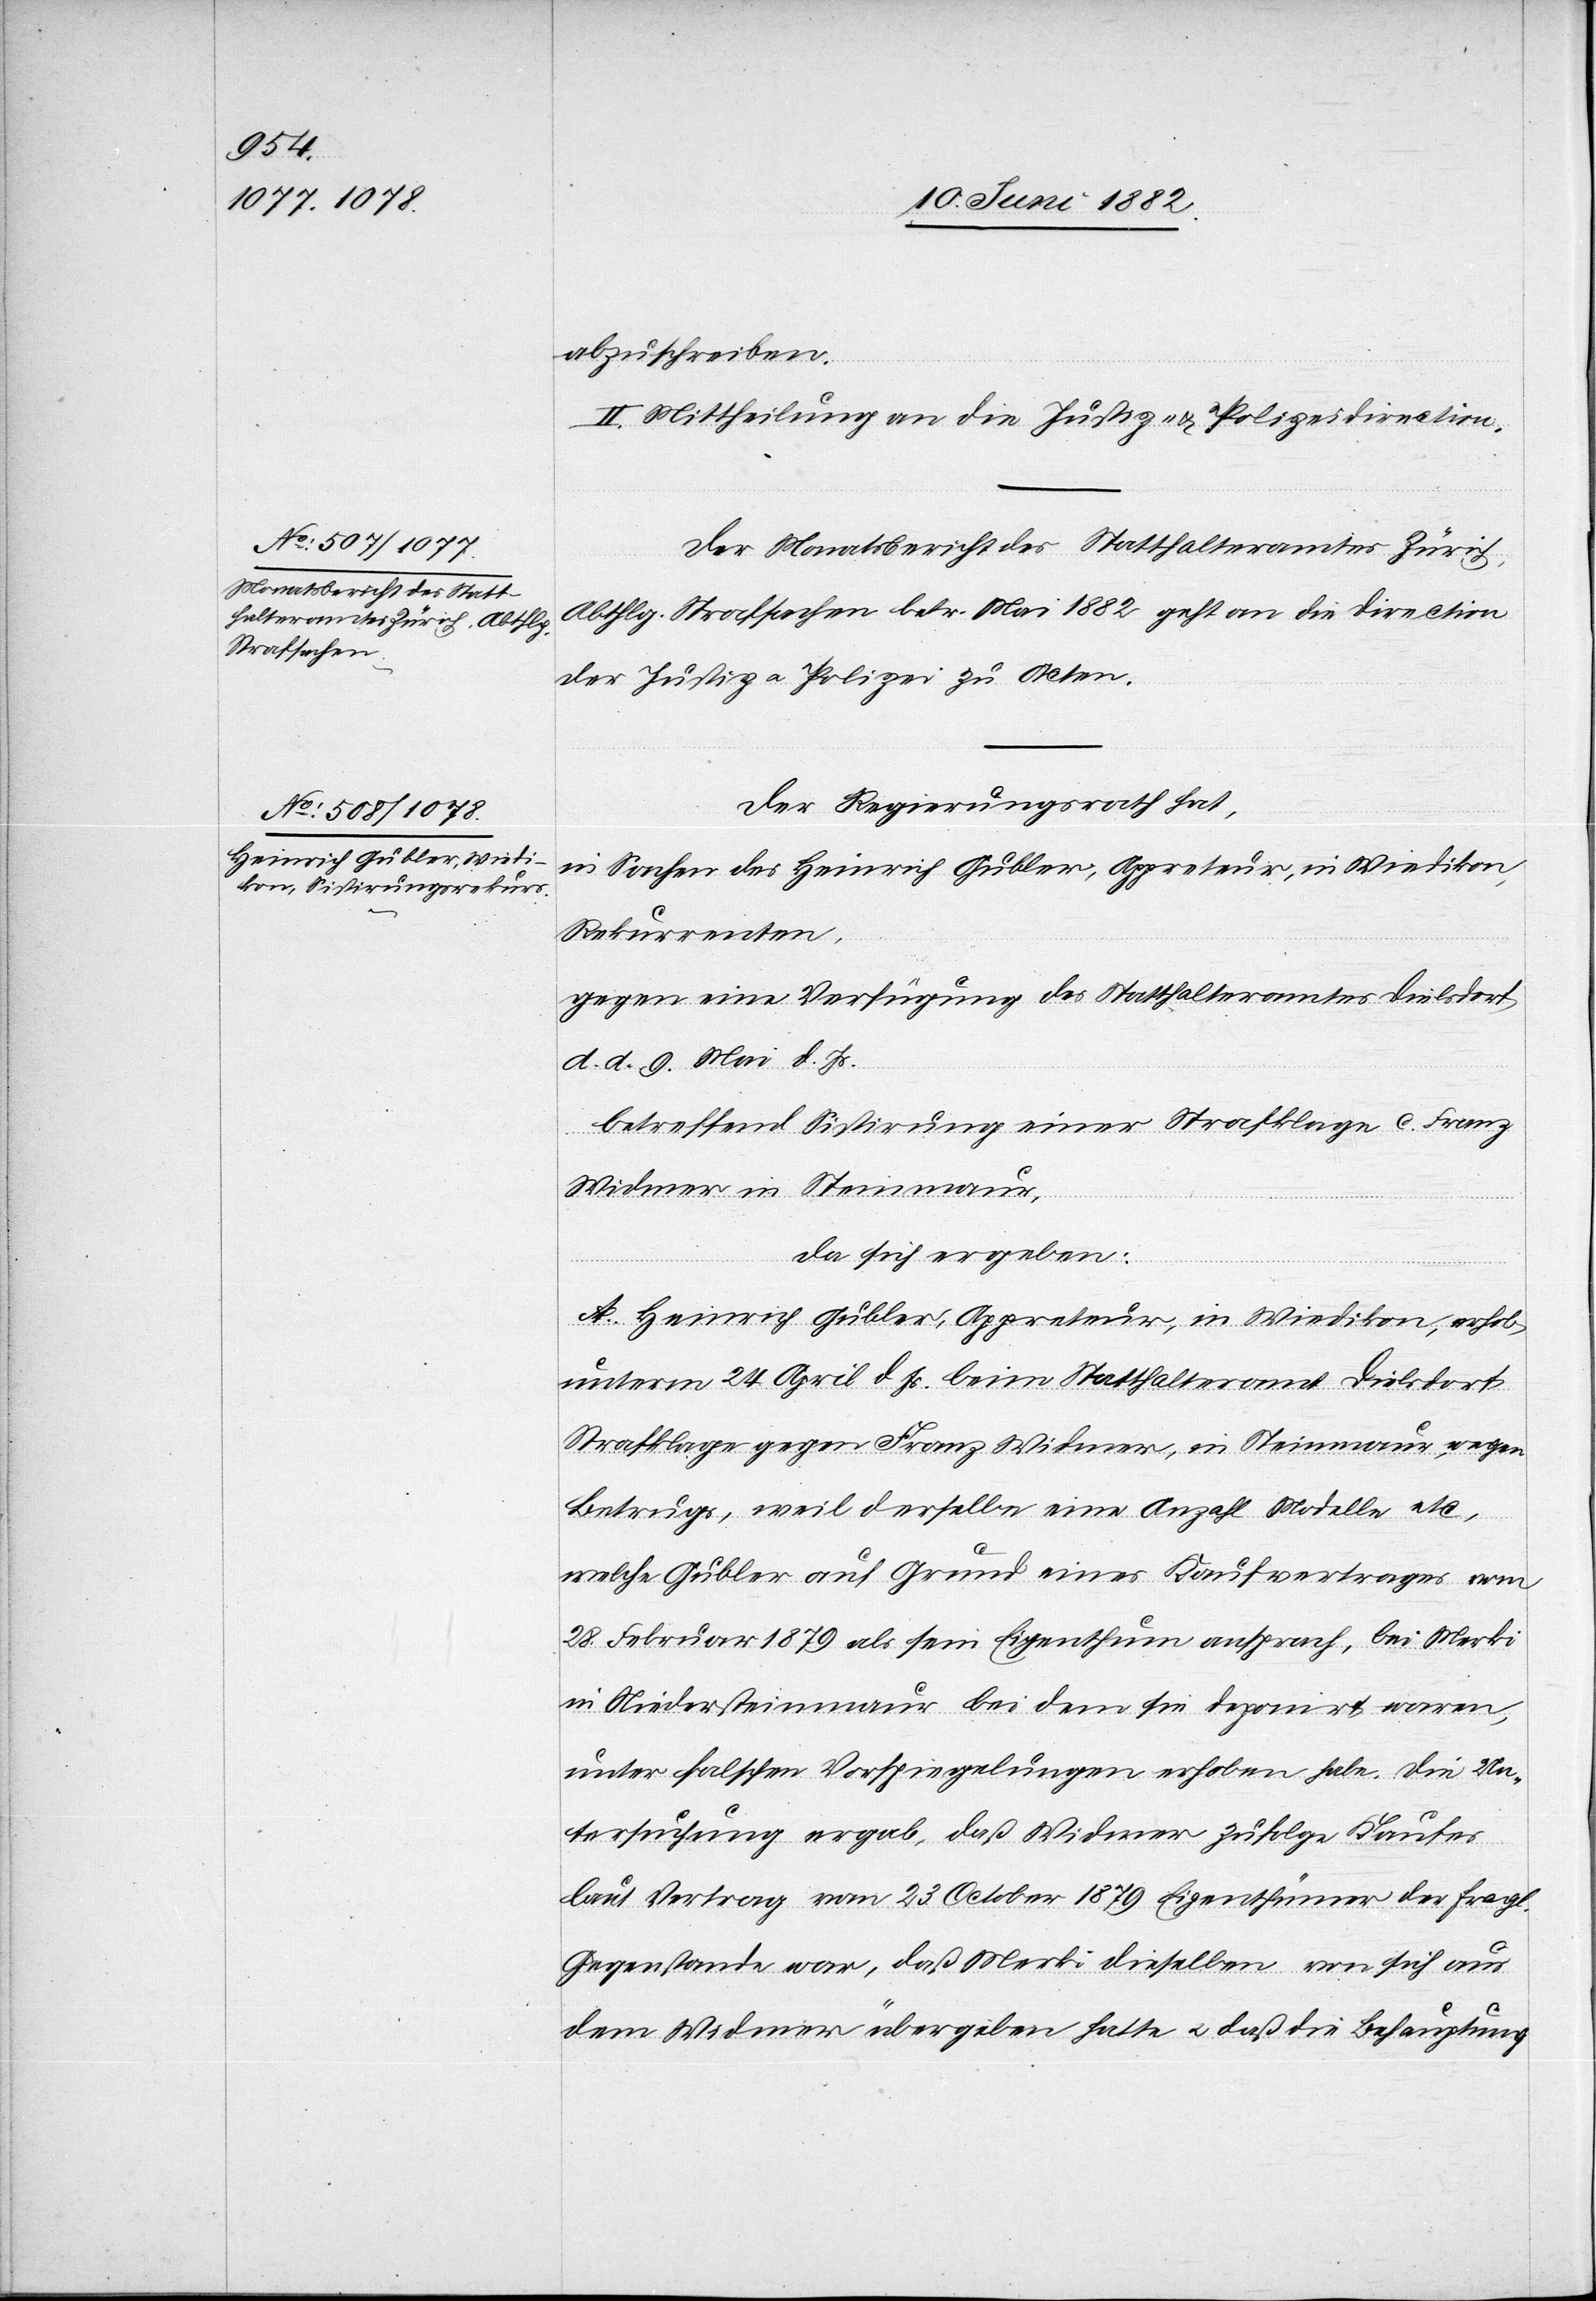
abzuschreiben.
II. Mittheilung an die Justiz- u. Polizeidirection.
Der Monatsbericht des Statthalteramtes Zürich,
Abthlg. Strafsachen betr. Mai 1882 geht an die Direction
der Justiz u. Polizei zu Acten.
Der Regierungsrath hat,
in Sachen des Heinrich Gubler, Appreteur, in Wiedikon,
Rekurrenten,
gegen eine Verfügung des Statthalteramtes Dielsdorf
d. d. 9. Mai d. Js.
betreffend Sistirung einer Strafklage c. Franz
Widmer in Steimaur,
da sich ergeben:
A. Heinrich Gubler, Appreteur, in Wiedikon, erhob
unterm 24. April d. Js. beim Statthalteramt Dielsdorf
Strafklage gegen Franz Widmer, in Steinmaur, wegen
Betrugs, weil derselbe eine Anzahl Modelle etc.,
welche Gubler auf Grund eines Kaufvertrages vom
28. Februar 1879 als sein Eigenthum ansprach, bei Merki
in Niedersteinmaur bei dem sie deponirt waren,
unter falschen Vorspiegelungen erhoben habe. Die Un¬
tersuchung ergab, daß Widmer zufolge Kaufes
laut Vertrag vom 23. October 1879 Eigenthümer der fragl.
Gegenstände war, daß Merki dieselben von sich aus
dem Widmer übergeben hatte u. daß die Behauptung